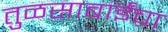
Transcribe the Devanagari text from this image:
तुळसाबाईंचा